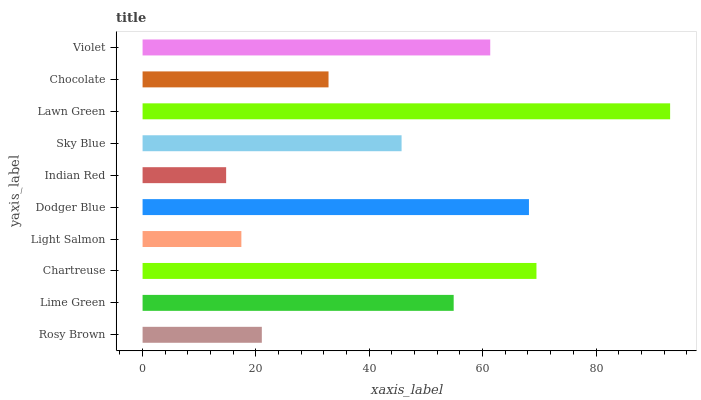
| yaxis_label | bars |
 | --- | --- |
 | Rosy Brown | 21 |
 | Lime Green | 54.9 |
 | Chartreuse | 69.5 |
 | Light Salmon | 17.4 |
 | Dodger Blue | 68.2 |
 | Indian Red | 14.7 |
 | Sky Blue | 45.7 |
 | Lawn Green | 93.1 |
 | Chocolate | 32.8 |
 | Violet | 61.3 |